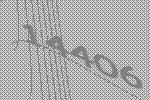
14406